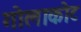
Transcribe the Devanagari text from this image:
गोलाकोट